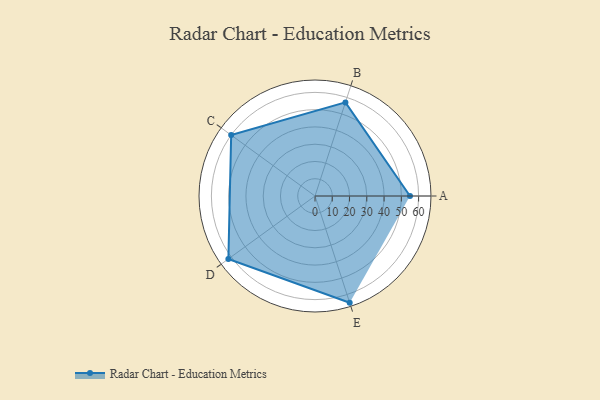
{"axis": {"x": "Skill", "y": "Score"}, "legend": ["Profile"], "data": [{"x": "A", "y": 55.0, "type": "Profile"}, {"x": "B", "y": 57.0, "type": "Profile"}, {"x": "C", "y": 60.0, "type": "Profile"}, {"x": "D", "y": 62.0, "type": "Profile"}, {"x": "E", "y": 65.0, "type": "Profile"}]}